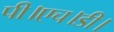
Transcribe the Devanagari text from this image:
पी।एच।डी।